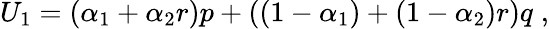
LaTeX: U_{1}=(\alpha_{1}+\alpha_{2}r)p+\left((1-\alpha_{1})+(1-\alpha_{2})r\right)q\; ,